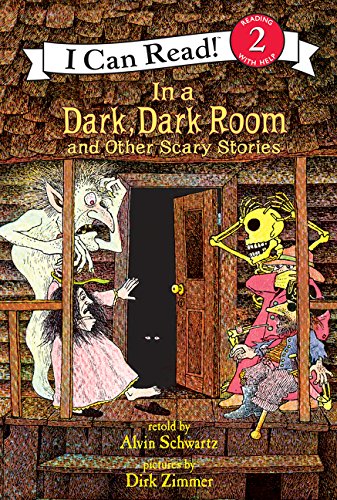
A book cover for In a Dark, Dark Room and Other Scary Stories (I Can Read! Reading 2); Alvin Schwartz; Children's Books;